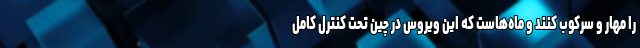
را مهار و سرکوب کنند و ماه‌هاست که این ویروس در چین تحت کنترل کامل